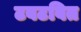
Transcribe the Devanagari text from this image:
टवटवित